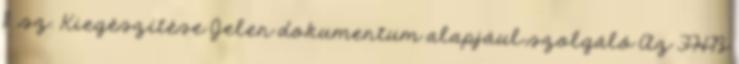
11. sz. Kiegészítése Jelen dokumentum alapjául szolgáló Az FHB